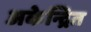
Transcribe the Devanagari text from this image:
अकेन्द्रित